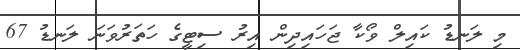
މި ލަނޑު ކައިލް ވޯކާ ޖަހައިދިން އިރު ސިޓީގެ ހަތަރުވަނަ ލަނޑު 67